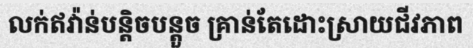
លក់ឥវ៉ាន់បន្តិចបន្តួច គ្រាន់តែដោះស្រាយជីវភាព